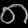
Digit: ၈